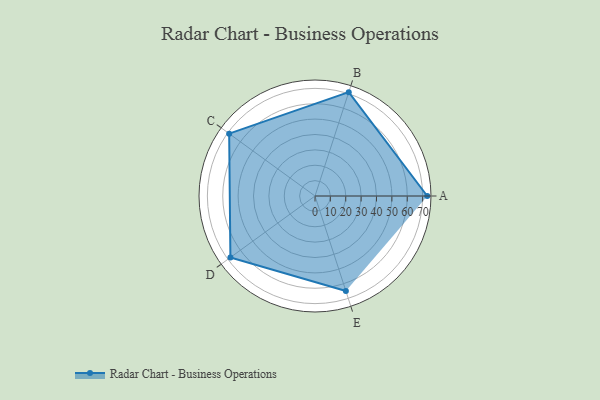
{"axis": {"x": "Skill", "y": "Score"}, "legend": ["Profile"], "data": [{"x": "A", "y": 73.0, "type": "Profile"}, {"x": "B", "y": 71.0, "type": "Profile"}, {"x": "C", "y": 69.0, "type": "Profile"}, {"x": "D", "y": 68.0, "type": "Profile"}, {"x": "E", "y": 65.0, "type": "Profile"}]}